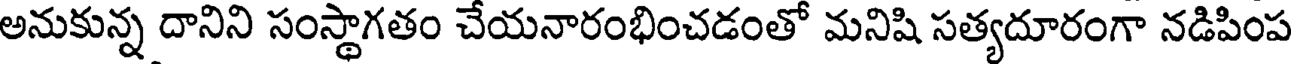
అనుకున్న దానిని సంస్థాగతం చేయనారంభించడంతో మనిషి సత్యదూరంగా నడిపింప